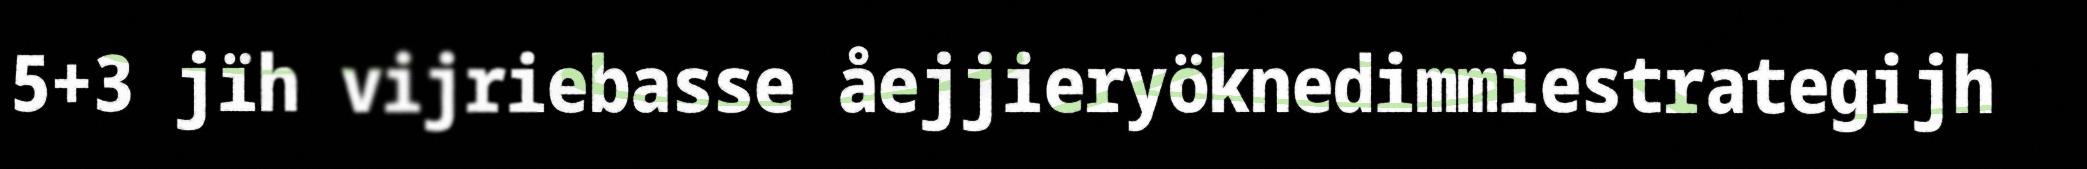
5+3 jïh vijriebasse åejjieryöknedimmiestrategijh